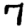
Digit: 7